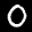
Label: 0